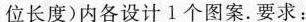
位长度)内各设计1个图案.要求：